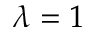
\lambda = 1